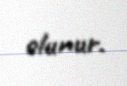
olunur.